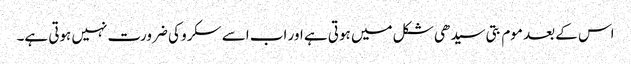
اس کے بعد موم بتی سیدھی شکل میں ہوتی ہے اور اب اسے سکرو کی ضرورت نہیں ہوتی ہے۔